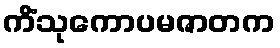
ကိံသုကောပမဇာတက